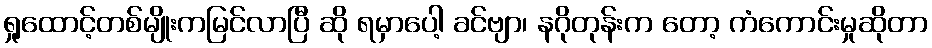
ရှုထောင့်တစ်မျိုးကမြင်လာပြီ ဆို ရမှာပေါ့ ခင်ဗျာ၊ နဂိုတုန်းက တော့ ကံကောင်းမှုဆိုတာ